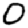
Digit: 0